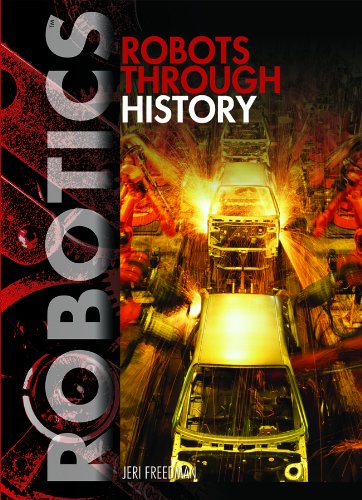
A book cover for Robots Through History (Robotics); Jeri Freedman; Children's Books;